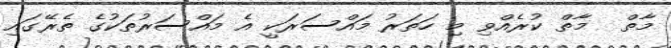
މާތް  މާތް ކުރެއްވި މި ހަތަރު މައްސަރަކީ އެ މައްސަރުތަކުގެ ތެރޭގައި